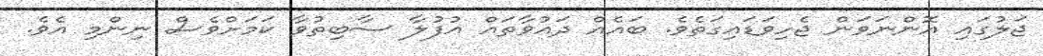
ޖަލުގައި އޮންނަވަން ޖެހިވަޑައިގަތެވެ. ބައެއް ދައުވާތައް އުފުލާ ސާބިތުވާ ކަމަށްވެެސް ނިންމި އެވެ.